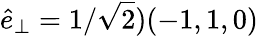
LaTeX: \hat{e}_{\perp}=1/\sqrt{2})(-1,1,0)